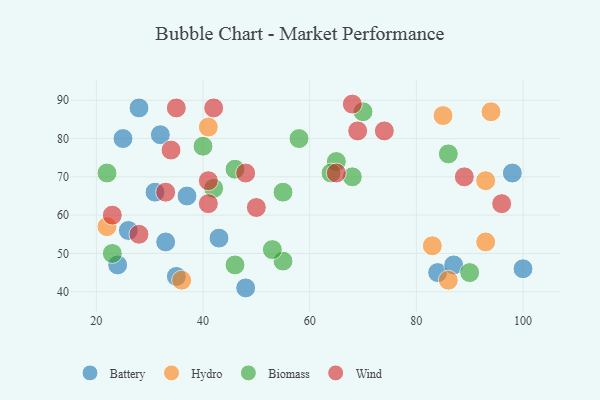
{"axis": {"x": "GDP", "y": "Life Expectancy"}, "legend": ["Battery", "Biomass", "Hydro", "Wind"], "data": [{"x": "33", "y": 53, "type": "Battery"}, {"x": "43", "y": 54, "type": "Battery"}, {"x": "25", "y": 80, "type": "Battery"}, {"x": "26", "y": 56, "type": "Battery"}, {"x": "24", "y": 47, "type": "Battery"}, {"x": "32", "y": 81, "type": "Battery"}, {"x": "84", "y": 45, "type": "Battery"}, {"x": "35", "y": 44, "type": "Battery"}, {"x": "87", "y": 47, "type": "Battery"}, {"x": "48", "y": 41, "type": "Battery"}, {"x": "31", "y": 66, "type": "Battery"}, {"x": "98", "y": 71, "type": "Battery"}, {"x": "100", "y": 46, "type": "Battery"}, {"x": "28", "y": 88, "type": "Battery"}, {"x": "37", "y": 65, "type": "Battery"}, {"x": "22", "y": 57, "type": "Hydro"}, {"x": "93", "y": 53, "type": "Hydro"}, {"x": "94", "y": 87, "type": "Hydro"}, {"x": "41", "y": 83, "type": "Hydro"}, {"x": "83", "y": 52, "type": "Hydro"}, {"x": "86", "y": 43, "type": "Hydro"}, {"x": "93", "y": 69, "type": "Hydro"}, {"x": "36", "y": 43, "type": "Hydro"}, {"x": "85", "y": 86, "type": "Hydro"}, {"x": "55", "y": 48, "type": "Biomass"}, {"x": "68", "y": 70, "type": "Biomass"}, {"x": "70", "y": 87, "type": "Biomass"}, {"x": "22", "y": 71, "type": "Biomass"}, {"x": "65", "y": 74, "type": "Biomass"}, {"x": "42", "y": 67, "type": "Biomass"}, {"x": "64", "y": 71, "type": "Biomass"}, {"x": "46", "y": 72, "type": "Biomass"}, {"x": "40", "y": 78, "type": "Biomass"}, {"x": "55", "y": 66, "type": "Biomass"}, {"x": "53", "y": 51, "type": "Biomass"}, {"x": "58", "y": 80, "type": "Biomass"}, {"x": "23", "y": 50, "type": "Biomass"}, {"x": "46", "y": 47, "type": "Biomass"}, {"x": "90", "y": 45, "type": "Biomass"}, {"x": "86", "y": 76, "type": "Biomass"}, {"x": "23", "y": 60, "type": "Wind"}, {"x": "41", "y": 69, "type": "Wind"}, {"x": "89", "y": 70, "type": "Wind"}, {"x": "34", "y": 77, "type": "Wind"}, {"x": "68", "y": 89, "type": "Wind"}, {"x": "48", "y": 71, "type": "Wind"}, {"x": "28", "y": 55, "type": "Wind"}, {"x": "42", "y": 88, "type": "Wind"}, {"x": "96", "y": 63, "type": "Wind"}, {"x": "41", "y": 63, "type": "Wind"}, {"x": "35", "y": 88, "type": "Wind"}, {"x": "33", "y": 66, "type": "Wind"}, {"x": "74", "y": 82, "type": "Wind"}, {"x": "65", "y": 71, "type": "Wind"}, {"x": "69", "y": 82, "type": "Wind"}, {"x": "50", "y": 62, "type": "Wind"}]}